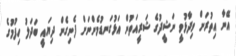
އޭނާ އިތުރަށް ވިދާޅުވީ ނަޝީދުގެ ޝަރީއަތުން އަޅުގަނޑުމެންނަށް ފެނިގެން ދިޔައީ ބަދަލު ހިފުމުގެ